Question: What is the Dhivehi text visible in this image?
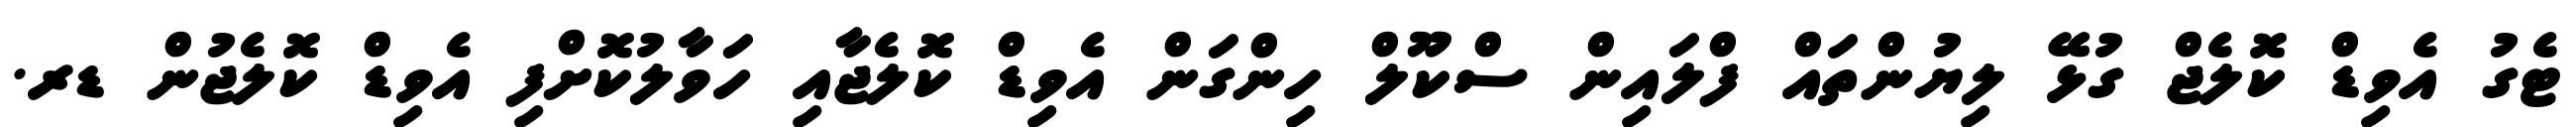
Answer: ޓެގު އެވިޑް ކޮލެޖް ގުޅޭ ލިޔުންތައް ފްލައިން ސްކޫލް ހިންގަން އެވިޑް ކޮލެޖާއި ހަވާލުކޮށްފި އެވިޑް ކޮލެޖުން ޑރ.